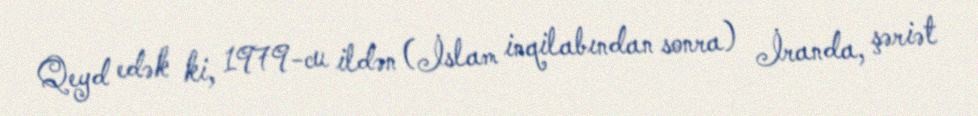
Qeyd edək ki, 1979-cu ildən (İslam inqilabından sonra) İranda, şəriət